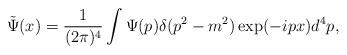
LaTeX: \begin{align*}\tilde{\Psi}(x)=\frac{1}{(2\pi )^{4}}\int \Psi (p)\delta (p^{2}-m^{2})\exp(-ipx)d^{4}p, \end{align*}